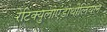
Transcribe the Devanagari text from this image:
रेटिक्युलोएंडोथीलियल